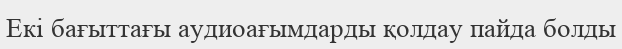
Екі бағыттағы аудиоағымдарды қолдау пайда болды